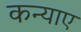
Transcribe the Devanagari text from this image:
कन्याए